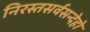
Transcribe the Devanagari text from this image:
निरस्तसर्वसन्देहो